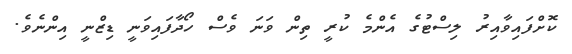
ކޮށްފައިވާއިރު ލިސްޓުގެ އެންމެ ކުރީ ތިން ވަނަ ވެސް ހޯދާފައިވަނީ ޑިޒްނީ އިންނެވެ.